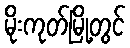
မိုးကုတ်မြို့တွင်